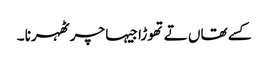
کسے تھاں تے تھوڑا جیہا چر ٹھہرنا ۔